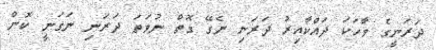
ދަރަނީގެ ވާހަކަ ދައްކާއިރު ދަރަނި ނެގޭ ގޮތް ނުވަތަ ދަރަނި ނަގަނީ ކޮން